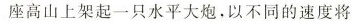
座高山上架起一只水平大炮，以不同的速度将